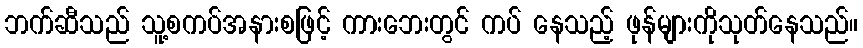
ဘက်ဆီသည် သူ့စကပ်အနားစဖြင့် ကားဘေးတွင် ကပ် နေသည့် ဖုန်များကိုသုတ်နေသည်။